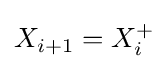
X_{i+1}=X_{i}^{+}